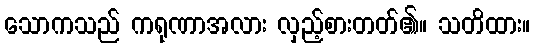
သောကသည် ကရုဏာအလား လှည့်စားတတ်၏။ သတိထား။